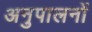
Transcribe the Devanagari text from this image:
अनुपालनों